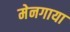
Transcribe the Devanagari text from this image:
मेनगाया